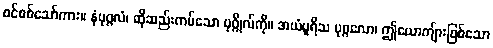
စင်စစ်သော်ကား။ နံပုဂ္ဂလံ၊ ထိုဆည်းကပ်သော ပုဂ္ဂိုလ်ကို။ အယံပူရိသ ပုဂ္ဂလော၊ ဤယောကျ်ားဖြစ်သော